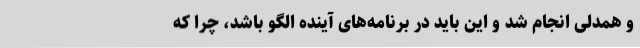
و همدلی انجام شد و این باید در برنامه‌های آینده الگو باشد، چرا که